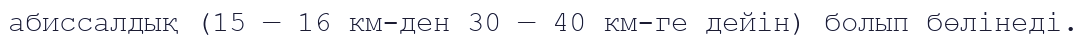
абиссалдық (15 — 16 км-ден 30 — 40 км-ге дейін) болып бөлінеді.